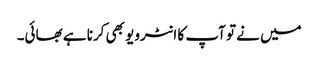
میں نے تو آپ کا انٹرویو بھی کرنا ہے بھائی۔